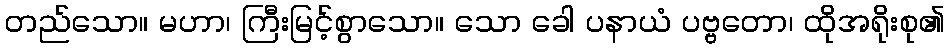
တည်သော။ မဟာ၊ ကြီးမြင့်စွာသော။ သော ခေါ ပနာယံ ပဗ္ဗတော၊ ထိုအရိုးစု၏